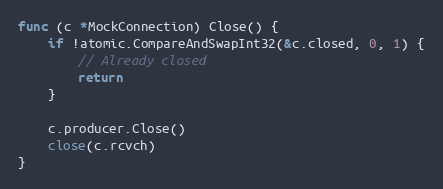
Language: Go
func (c *MockConnection) Close() {
	if !atomic.CompareAndSwapInt32(&c.closed, 0, 1) {
		// Already closed
		return
	}

	c.producer.Close()
	close(c.rcvch)
}